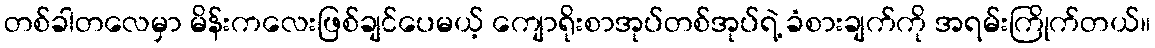
တစ်ခါတလေမှာ မိန်းကလေးဖြစ်ချင်ပေမယ့် ကျောရိုးစာအုပ်တစ်အုပ်ရဲ့ ခံစားချက်ကို အရမ်းကြိုက်တယ်။